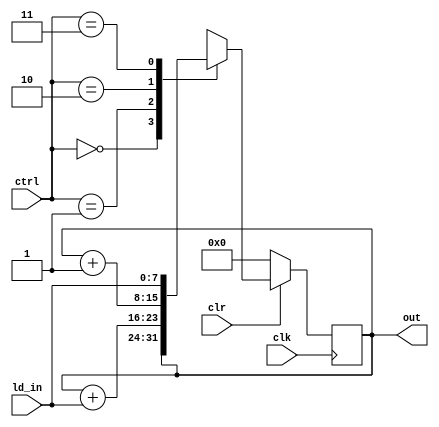
`timescale 1ns / 1ps
///////////////////////////////////////////////////////////////////////////////////////
//John Wright & Danny Peters
//University of Kentucky
//EE480 Spring 2011
//DV Final Project
//
//n_bit_PC.v
//
//A program counter with synchronous active low clear with the following functionality:
//    ctrl clr  funct
//    x    0    clear register to 0s
//    00   1    store
//    01   1    increment by input
//    10   1    increment by 1
//    11   1    load from input
//
///////////////////////////////////////////////////////////////////////////////////////
module n_bit_PC(ld_in, ctrl, clr, clk, out);
    parameter a_width = 8;          //address width parameter
    input [a_width-1:0] ld_in;      //load input
    input [1:0] ctrl;               //control lines
    input clr;                      //synchronous active low clear
    input clk;                      //clear
    output reg [a_width-1:0] out;   //PC out
    
    always@(posedge clk)
    begin
        if(clr == 1'b0)
            out <= 0;
        else
        begin
            case(ctrl)
            0: out <= out;
            1: out <= out + ld_in;
            2: out <= out + 1;
            3: out <= ld_in;
            default: out <= out;
            endcase
        end
    end
    
endmodule